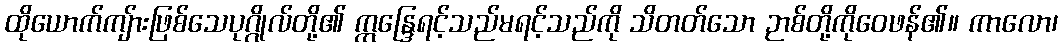
ထိုယောက်ကျ်ားဖြစ်သေပုဂ္ဂိုလ်တို့၏ ဣန္ဒြေရင့်သည်မရင့်သည်ကို သိတတ်သော ဉာစ်တို့ကိုဝေဖန်၏။ ကာလော၊